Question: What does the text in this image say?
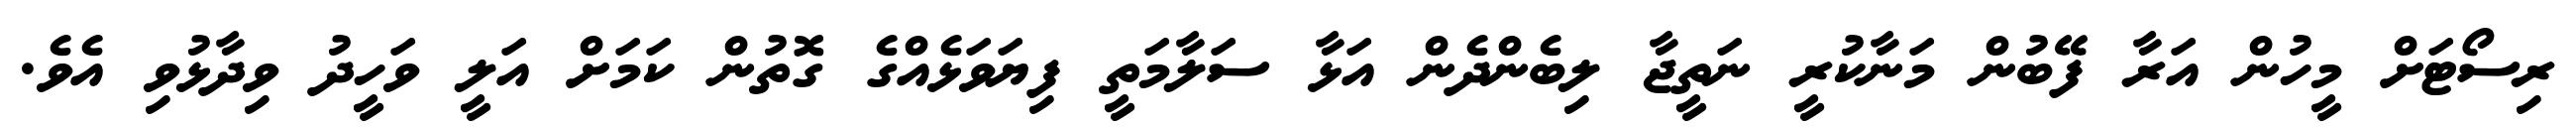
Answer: ރިސޯޓަށް މީހުން އަރާ ފޭބުން މަނާކުރީ ނަތީޖާ ލިބެންދެން އަޅާ ސަލާމަތީ ފިޔަވަޅެއްގެ ގޮތުން ކަމަށް އަލީ ވަހީދު ވިދާޅުވި އެވެ.